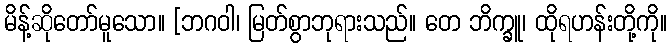
မိန့်ဆိုတော်မူသော။ [ဘဂဝါ၊ မြတ်စွာဘုရားသည်။ တေ ဘိက္ခူ၊ ထိုရဟန်းတို့ကို။